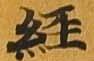
経